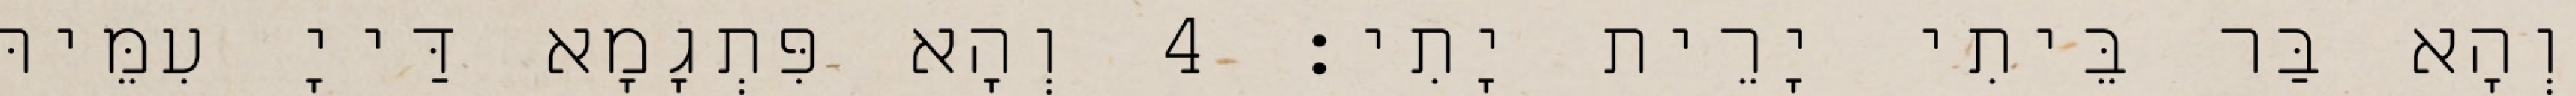
וְהָא בַּר בֵּיתִי יָרֵית יָתִי׃ 4 וְהָא פִּתְגָמָא דַּייָ עִמֵּיהּ